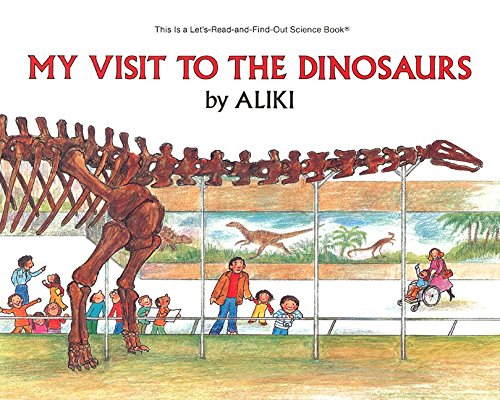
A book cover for My Visit to the Dinosaurs (Let's-Read-and-Find-Out Science 2); Aliki; Science & Math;